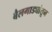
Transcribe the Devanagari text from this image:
बैलगाड्यांतून